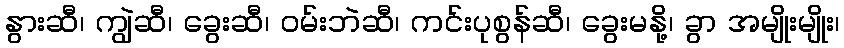
နွားဆီ၊ ကျွဲဆီ၊ ခွေးဆီ၊ ဝမ်းဘဲဆီ၊ ကင်းပုစွန်ဆီ၊ ခွေးမနို့၊ ခွာ အမျိုးမျိုး၊